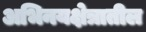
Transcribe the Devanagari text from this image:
अभिनयक्षेत्रातील